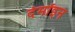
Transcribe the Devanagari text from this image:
देमॉइन